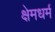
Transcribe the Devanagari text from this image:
क्षेमधर्म